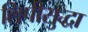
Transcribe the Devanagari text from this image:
लिपीसुद्धा